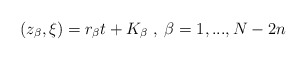
\begin{align*}(z_{\beta}, \xi) = r_{\beta}t + K_{\beta}\;,\; \beta = 1,...,N-2n\end{align*}